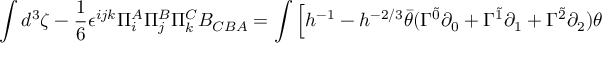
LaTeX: \int d ^ { 3 } \zeta - \frac { 1 } { 6 } \epsilon ^ { i j k } \Pi _ { i } ^ { A } \Pi _ { j } ^ { B } \Pi _ { k } ^ { C } B _ { C B A } = \int \Big [ h ^ { - 1 } - h ^ { - 2 / 3 } \bar { \theta } ( \Gamma ^ { \tilde { 0 } } \partial _ { 0 } + \Gamma ^ { \tilde { 1 } } \partial _ { 1 } + \Gamma ^ { \tilde { 2 } } \partial _ { 2 } ) \theta